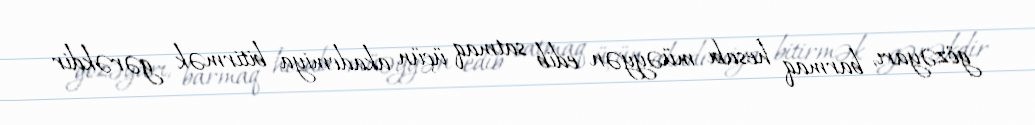
gözəyarı, barmaq hesabı müəyyən edib satmaq üçün akademiya bitirmək gərəkdir